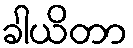
ခါယိတာ